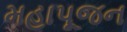
મહાપૂજન